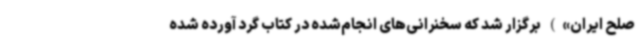
صلح ایران») برگزار شد که سخنرانی‌های انجام‌شده در کتاب گرد آورده شده